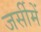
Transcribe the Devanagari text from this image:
जर्सीमें